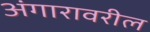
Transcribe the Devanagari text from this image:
अंगारावरील